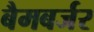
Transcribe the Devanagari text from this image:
बैमबर्जर